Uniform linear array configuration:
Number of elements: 24
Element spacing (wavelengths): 0.75
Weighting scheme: kaiser
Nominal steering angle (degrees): -15
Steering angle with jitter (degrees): -16.554
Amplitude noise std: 0.05
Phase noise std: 0.05

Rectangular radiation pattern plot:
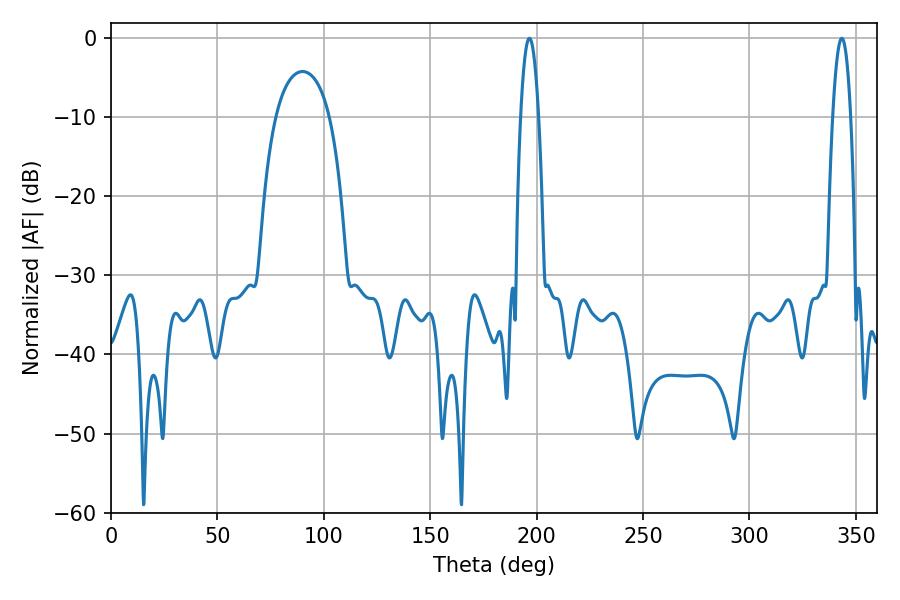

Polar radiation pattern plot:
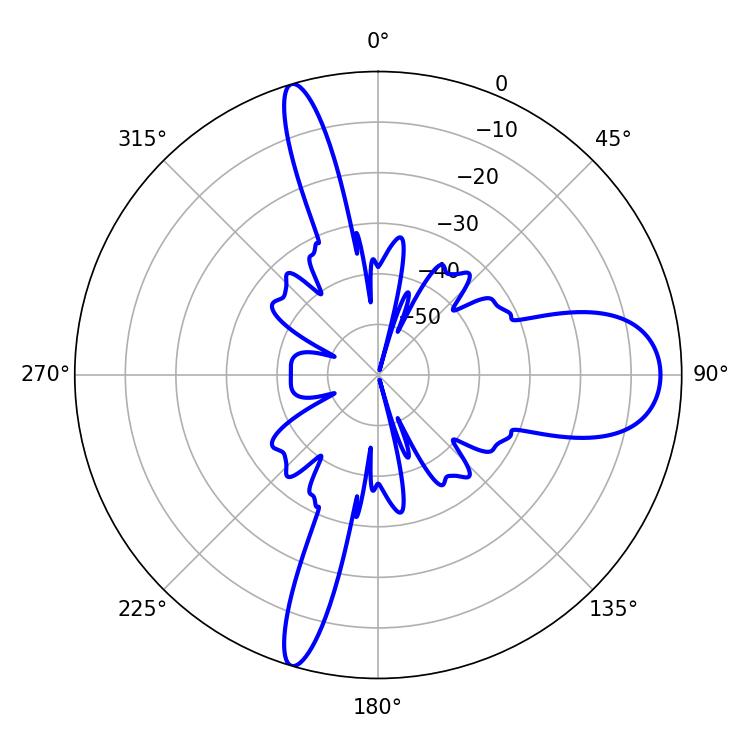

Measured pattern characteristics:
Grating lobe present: TRUE
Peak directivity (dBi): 14.147
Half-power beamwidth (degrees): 4.68
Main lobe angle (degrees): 196.56